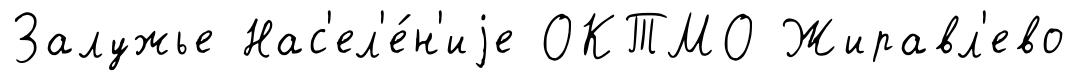
Залужье Нас'ел'е́н'иjе ОКТМО Жиравл'ево